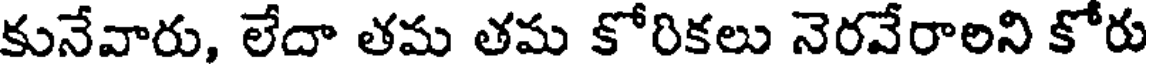
కునేవారు, లేదా తమ తమ కోరికలు నెరవేరాలని కోరు